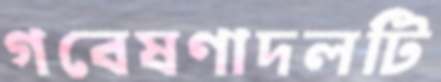
গবেষণাদলটি